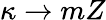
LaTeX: \kappa\to mZ